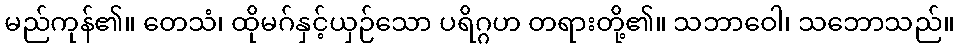
မည်ကုန်၏။ တေသံ၊ ထိုမဂ်နှင့်ယှဉ်သော ပရိဂ္ဂဟ တရားတို့၏။ သဘာဝေါ၊ သဘောသည်။